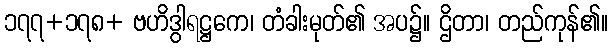
၁၇၇+၁၇၈+ ဗဟိဒွါရဋ္ဌကေ၊ တံခါးမုတ်၏ အပ၌။ ဌိတာ၊ တည်ကုန်၏။